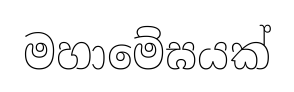
මහාමේඝයක්